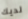
لديك